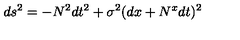
d s ^ { 2 } = - N ^ { 2 } d t ^ { 2 } + \sigma ^ { 2 } ( d x + N ^ { x } d t ) ^ { 2 }